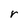
Character: r